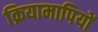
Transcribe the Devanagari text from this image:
क्रियामापियों